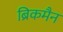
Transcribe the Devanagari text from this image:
ब्रिकमैन